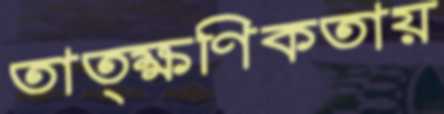
তাত্ক্ষণিকতায়